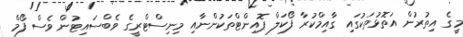
މީގެ އިތުރުން އަތޮޅުތަކުގައި ގާއިމްކުރާ ފޯކަލް ޕޮއިންޓްތަކުންނާއި މިނިސްޓްރީގެ ވެބްސައިޓުން ވެސް ފޯމް